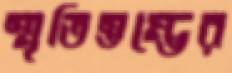
স্মৃতিস্তম্ভের